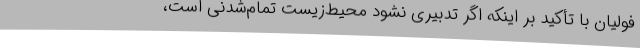
فولیان با تأکید بر اینکه اگر تدبیری نشود محیط‌زیست تمام‌شدنی است،